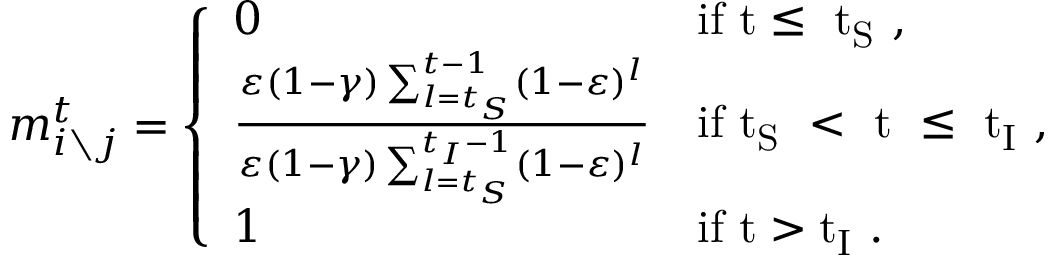
\begin{array} { r } { m _ { i \setminus j } ^ { t } = \left\{ \begin{array} { l l } { 0 } & { \mathrm { i f ~ t \leq ~ t _ S ~ } , } \\ { \frac { \varepsilon ( 1 - \gamma ) \sum _ { l = t _ { S } } ^ { t - 1 } ( 1 - \varepsilon ) ^ { l } } { \varepsilon ( 1 - \gamma ) \sum _ { l = t _ { S } } ^ { t _ { I } - 1 } ( 1 - \varepsilon ) ^ { l } } } & { \mathrm { i f ~ t _ S ~ < ~ t ~ \leq ~ t _ I ~ } , } \\ { 1 } & { \mathrm { i f ~ t > t _ I ~ } . } \end{array} \right. } \end{array}